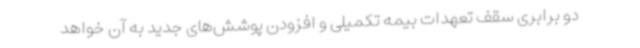
دو برابری سقف تعهدات بیمه تکمیلی و افزودن پوشش‌های جدید به آن خواهد